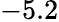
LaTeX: -5.2